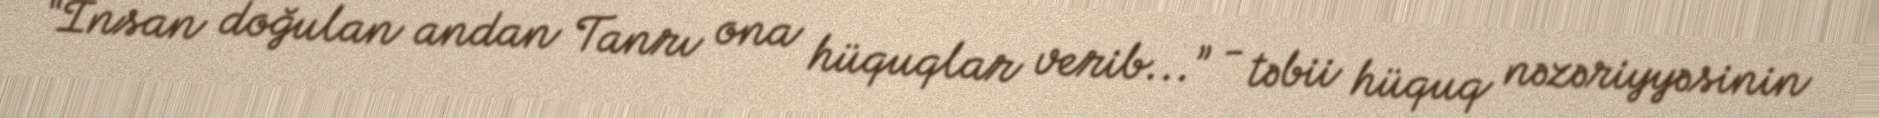
“İnsan doğulan andan Tanrı ona hüquqlar verib...” - təbii hüquq nəzəriyyəsinin